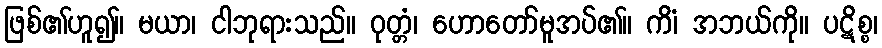
ဖြစ်၏ဟူ၍။ မယာ၊ ငါဘုရားသည်။ ဝုတ္တံ၊ ဟောတော်မူအပ်၏။ ကိံ၊ အဘယ်ကို။ ပဋိစ္စ၊